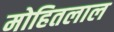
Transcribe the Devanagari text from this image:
मोहितलाल